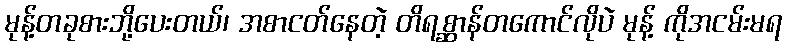
မုန့်တခုစားဘို့ပေးတယ်၊ အစာငတ်နေတဲ့ တိရစ္ဆာန်တကောင်လိုပဲ မုန့် ကိုအငမ်းမရ